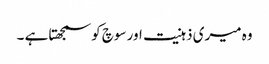
وہ میری ذہنیت اور سوچ کو سمجھتا ہے ۔